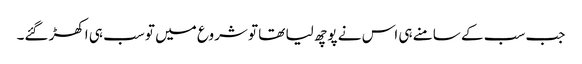
جب سب کے سامنے ہی اس نے پوچھ لیا تھا تو شروع میں تو سب ہی اکھڑ گئے۔